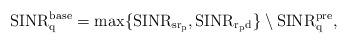
LaTeX: \begin{align*}{\rm SINR^{base}_q} = {\rm max} \{{\rm SINR_{sr_p}}, {\rm SINR_{r_pd}} \} \setminus {\rm SINR^{pre}_{q}},\end{align*}